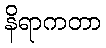
နိရာကတာ